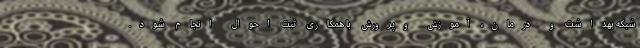
شبکه بهداشت و درمان، آموزش وپرورش با همکاری ثبت احوال انجام شود.